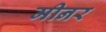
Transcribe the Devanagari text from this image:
मीनर